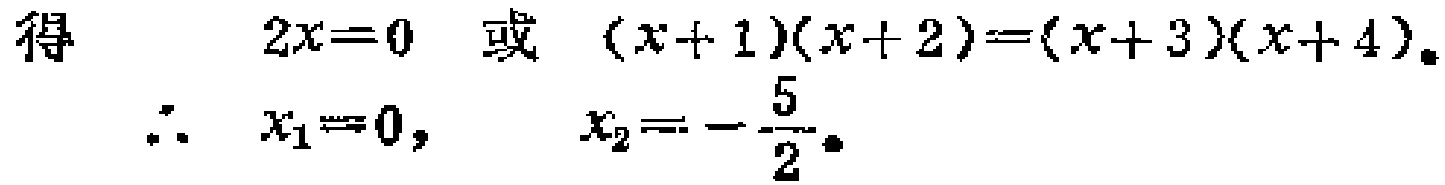
得 \[2x = 0 \quad 或 \quad (x + 1)(x + 2)=(x + 3)(x + 4).\]

\[\therefore \quad x_1 = 0, \quad x_2 = -\frac{5}{2}.\]